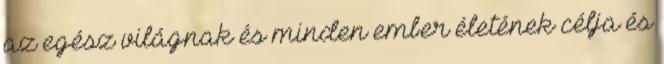
az egész világnak és minden ember életének célja és